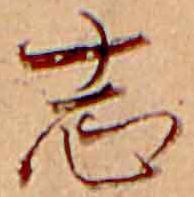
志